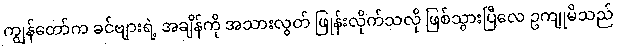
ကျွန်တော်က ခင်ဗျားရဲ့ အချိန်ကို အသားလွတ် ဖြုန်းလိုက်သလို ဖြစ်သွားပြီလေ ဥကျုမိသည်